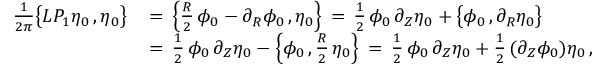
\begin{array} { r l } { \frac { 1 } { 2 \pi } \bigl \{ L P _ { 1 } \eta _ { 0 } \, , \eta _ { 0 } \bigr \} \, } & { = \, \Bigl \{ \frac { R } { 2 } \, \phi _ { 0 } - \partial _ { R } \phi _ { 0 } \, , \eta _ { 0 } \Bigr \} \, = \, \frac { 1 } { 2 } \, \phi _ { 0 } \, \partial _ { Z } \eta _ { 0 } + \bigl \{ \phi _ { 0 } \, , \partial _ { R } \eta _ { 0 } \bigr \} } \\ { \, } & { = \, \frac { 1 } { 2 } \, \phi _ { 0 } \, \partial _ { Z } \eta _ { 0 } - \Bigl \{ \phi _ { 0 } \, , \frac { R } { 2 } \, \eta _ { 0 } \Bigr \} \, = \, \frac { 1 } { 2 } \, \phi _ { 0 } \, \partial _ { Z } \eta _ { 0 } + \frac { 1 } { 2 } \, ( \partial _ { Z } \phi _ { 0 } ) \eta _ { 0 } \, , } \end{array}